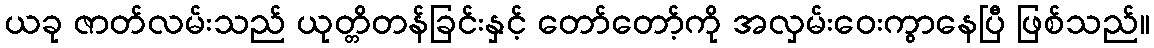
ယခု ဇာတ်လမ်းသည် ယုတ္တိတန်ခြင်းနှင့် တော်တော့်ကို အလှမ်းဝေးကွာနေပြီ ဖြစ်သည်။